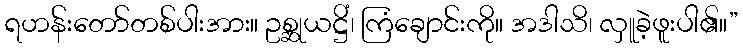
ရဟန်းတော်တစ်ပါးအား။ ဥစ္ဆုယဋ္ဌိံ၊ ကြံချောင်းကို။ အဒါသိ၊ လှူခဲ့ဖူးပါ၏။”